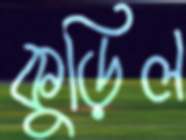
কুড়িল